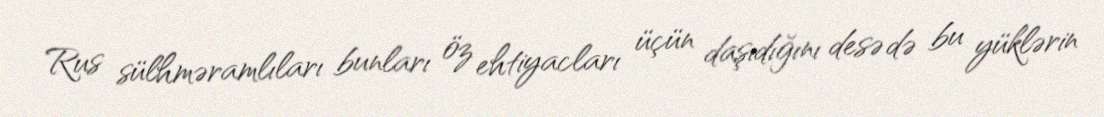
Rus sülhməramlıları bunları öz ehtiyacları üçün daşıdığını desə də bu yüklərin